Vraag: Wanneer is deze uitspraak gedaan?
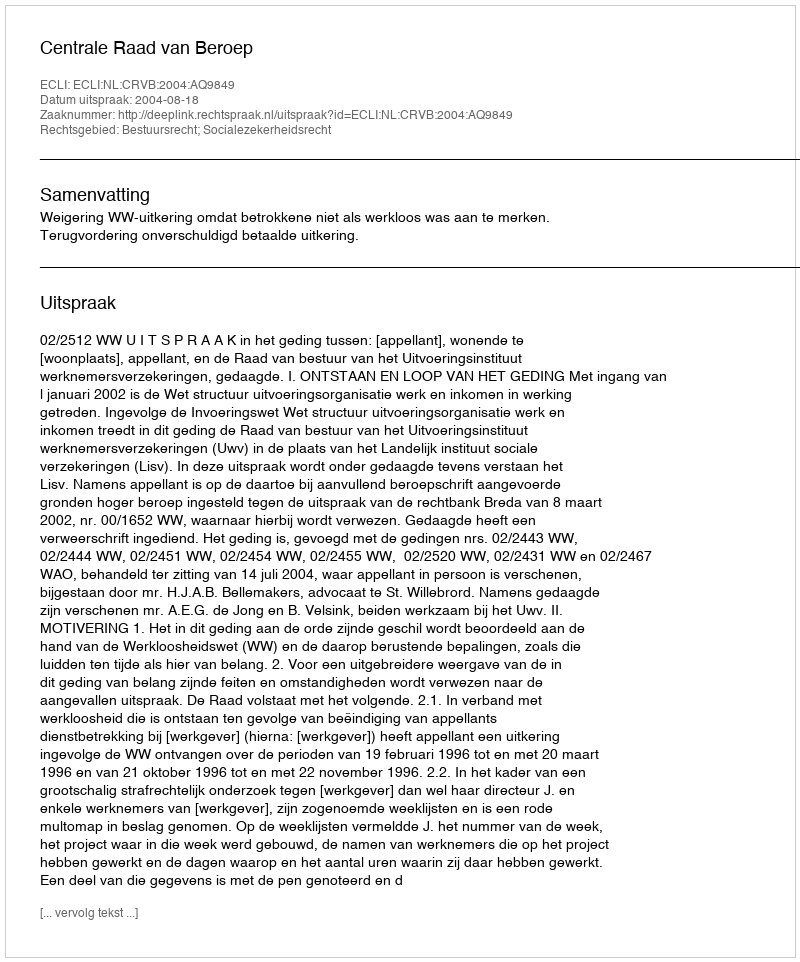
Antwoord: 2004-08-18